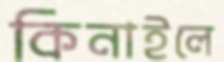
কিনাইলে